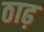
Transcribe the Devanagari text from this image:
ठाढ़